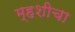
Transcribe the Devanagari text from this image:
म्हशीचा